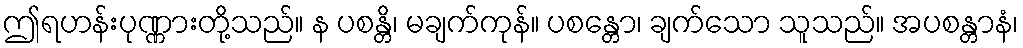
ဤရဟန်းပုဏ္ဏားတို့သည်။ န ပစန္တိ၊ မချက်ကုန်။ ပစန္တော၊ ချက်သော သူသည်။ အပစန္တာနံ၊